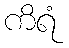
ကိရံ